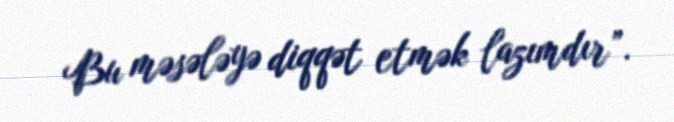
Bu məsələyə diqqət etmək lazımdır”.